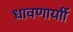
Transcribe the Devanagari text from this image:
धावणार्याी